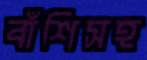
বাঁশিসহ